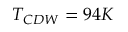
T _ { C D W } = 9 4 K